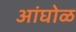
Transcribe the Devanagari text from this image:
अांघोळ